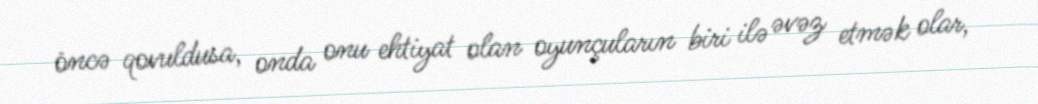
öncə qovuldusa, onda onu ehtiyat olan oyunçuların biri ilə əvəz etmək olar,